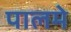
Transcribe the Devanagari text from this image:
पालमे